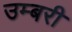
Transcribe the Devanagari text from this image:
उम्बरी